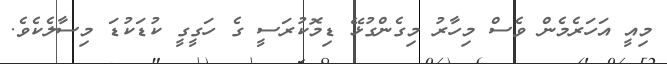
މިއީ އަހަރެމެން ވެސް މިހާރު މިގެންގުޅޭ ޑިމޮކުރަސީ ގެ ހަގީގީ ކުޑަކުޑަ މިސާލެކެވެ.